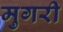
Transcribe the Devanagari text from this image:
मुगरी